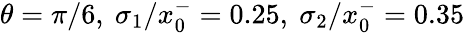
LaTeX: \theta=\pi/6,\ \sigma_{1}/x_{0}^{-}=0.25,\ \sigma_{2}/x_{0}^{-}=0.35